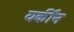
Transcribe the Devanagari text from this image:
यकींन